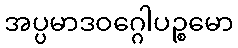
အပ္ပမာဒဝဂ္ဂေါပဉ္စမော